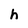
Character: h